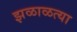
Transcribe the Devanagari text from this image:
झळाळत्या